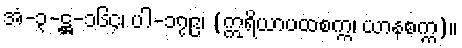
အံ-၃-ဋ္ဌ-၁၆၄၊ ပါ-၁၇၉၊ (ဣရိယာပထစက္က၊ ယာနစက္က)။